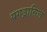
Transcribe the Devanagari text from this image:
यगड्रासिल